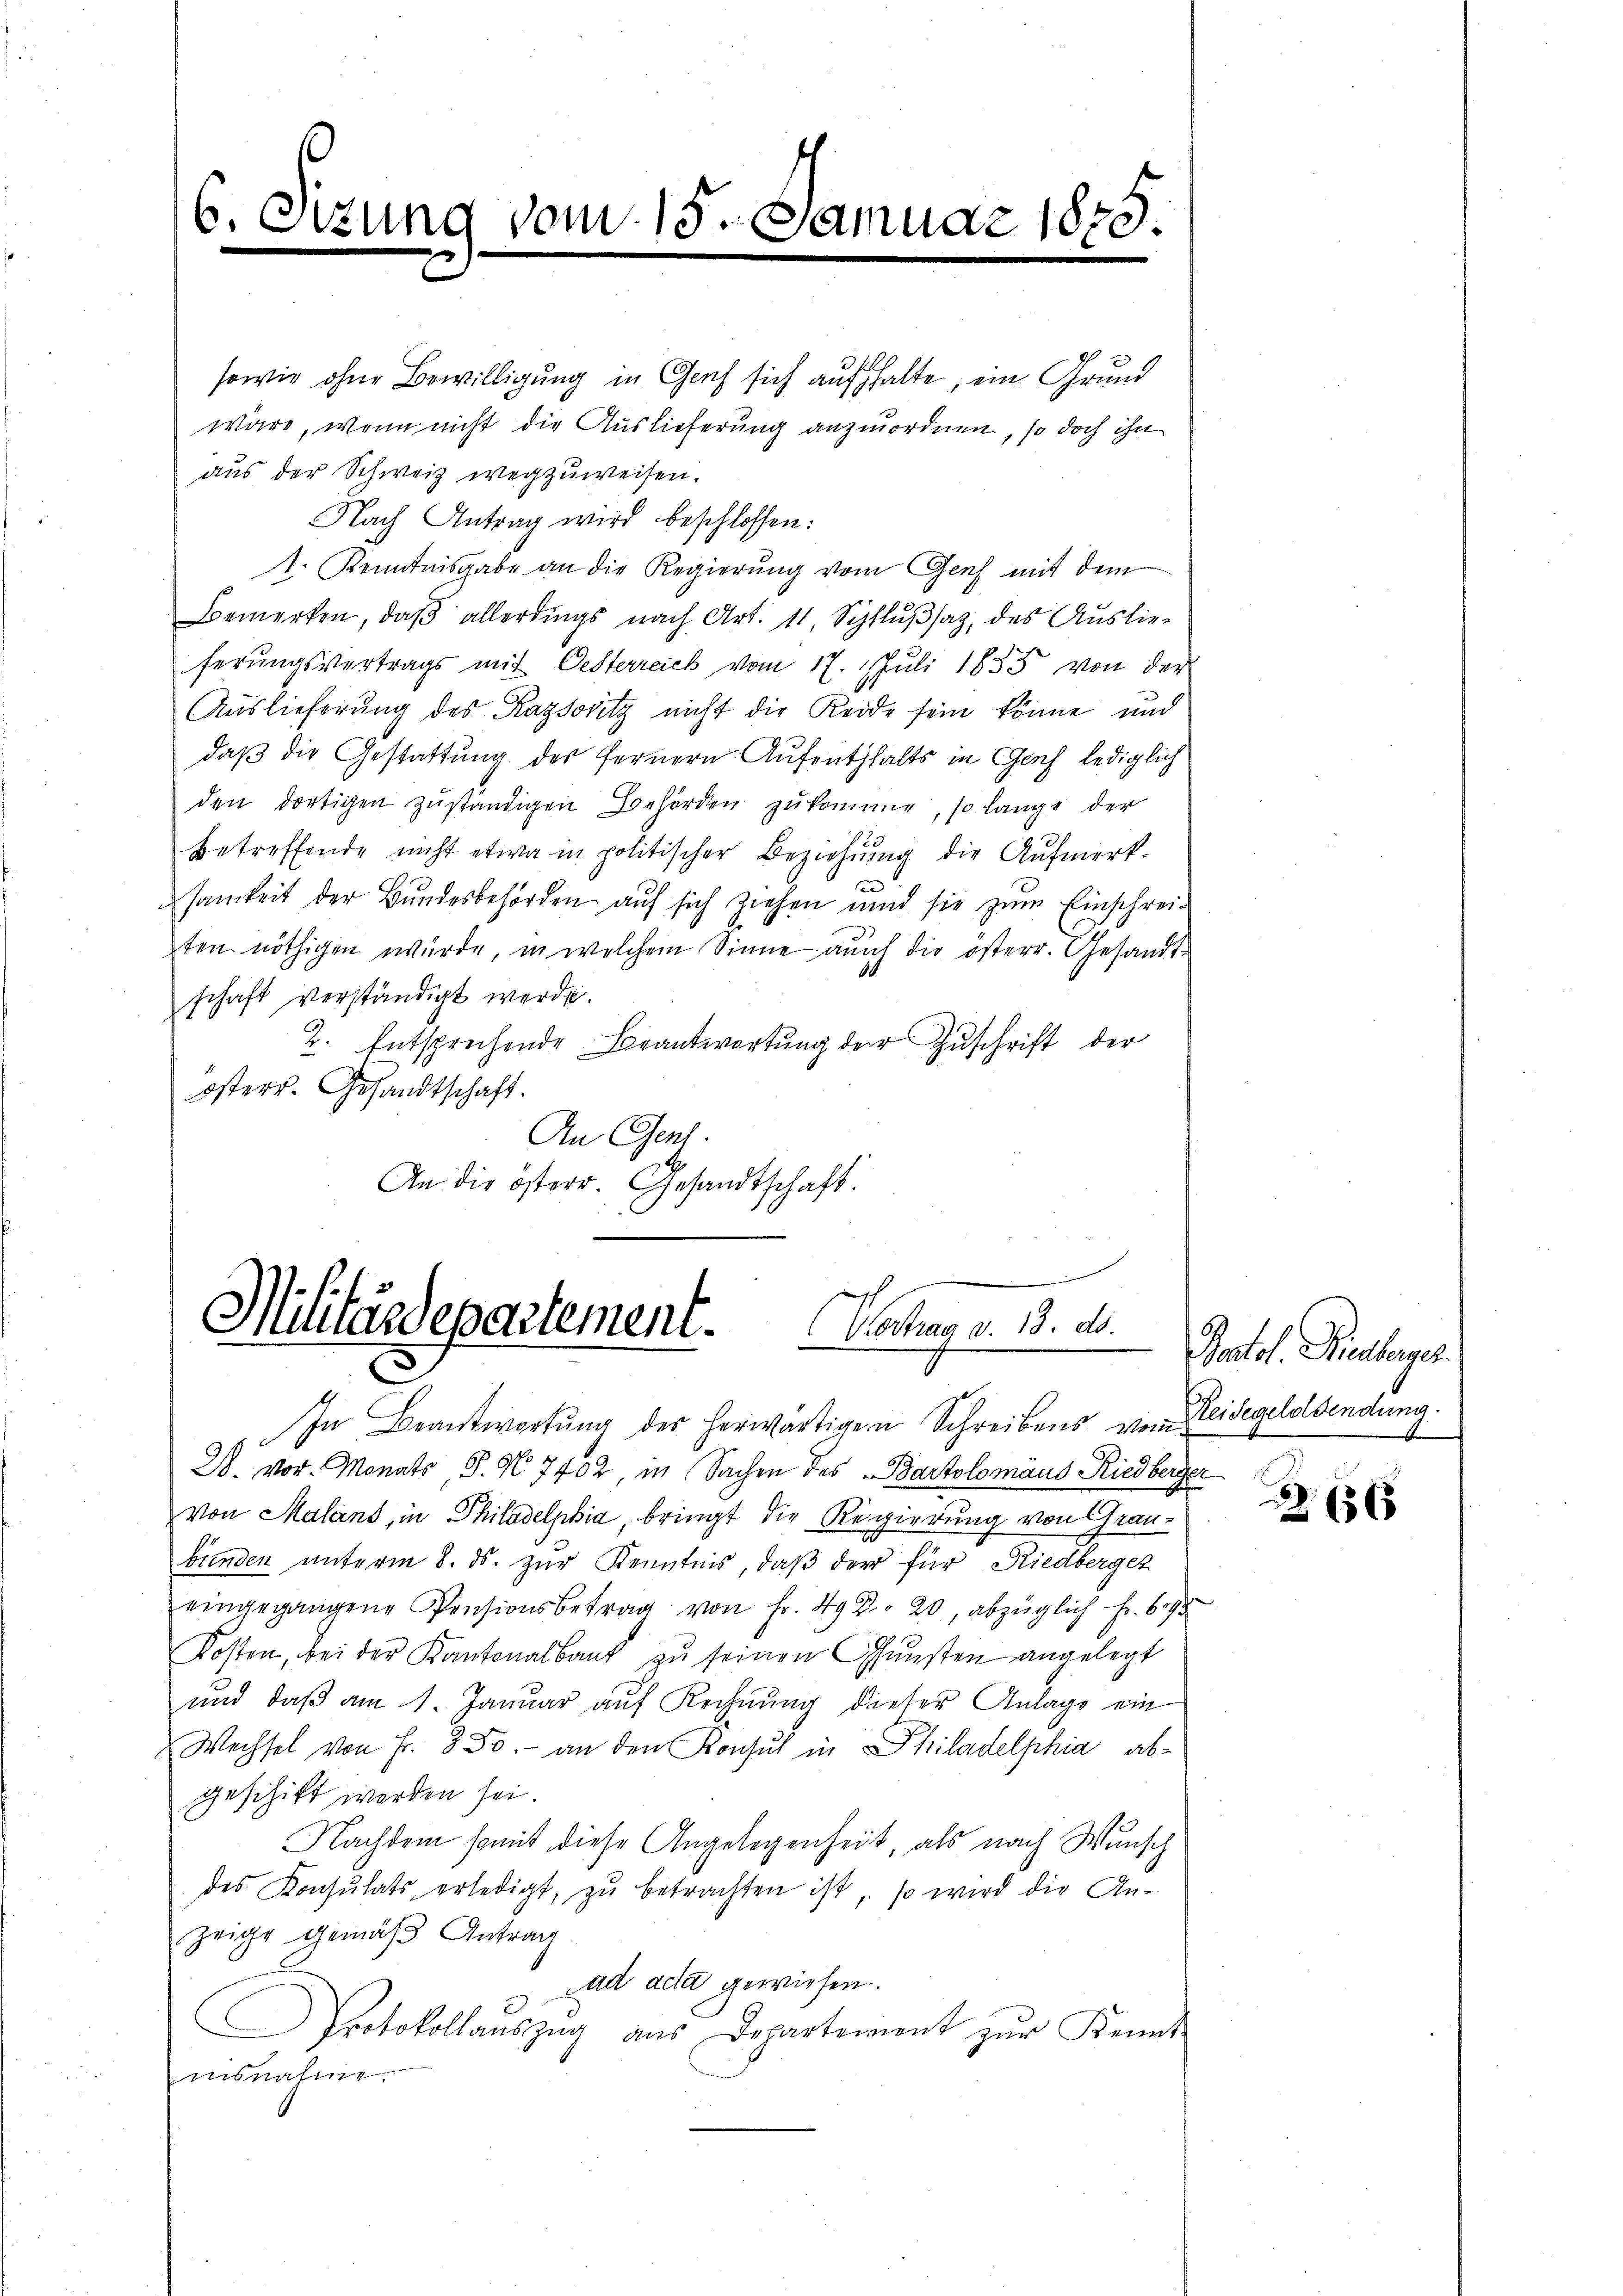
6. Sizung vom 15. Januar 1873

sowie ohne Bewilligung in Genf sich aufhalte; ein Grund
wäre, wenn nicht die Auslieferung anzuordnen, so doch ihn
aus der Schweiz wegzuweisen.
Nach Antrag wird beschlossen:
1. Kenntnisgabe an die Regierung vom Genf mit dem
Bemerken, daβ allerdings nach Art. 11, Schlŭβsaz, des Auslieferungsvertrags mit Oesterreich vom 17. Juli 1855 von der
Auslieferung des Kaysovitz nicht die Reide sein könne und
daß die Gestattung des fernern Aufenthalts in Genf, lediglich
den dortigen zuständigen Behörden zukomme, so lange der
betreffende nicht etwa in politischer Beziehŭng die Aŭfmerk-
se
samkeit der Bundesbehörden auf sich ziehen und sie zum Einschreiten nöthigen würde, in welchem Sinne auch die österr. Gesandtschaft verständigt werde.
2. Entsprechende Beantwortung der Zuschrift der
österr. Gesandtschaft.
An Genf.
An die österr. Gesandtschaft.

Militärdepartement. Wochen v. 9. d.
.

In Beantwortung des herwärtigen Schreibens vom
D. vor. Monats S. N. 7702, in Sachen des Bartolomäus Riedberger
von Malans, in Philadelphia, bringt die Regierung von Graubünden ŭnterm 8. ds. zŭr Kenntnis, daβ der für Riedbergez
eingegangene Pensionsbetrag von Fr. 492. 20, abzüglich Fr. 695
Kosten, bei der Kantonalbank zu seinen Gunsten angelegt
und daß am 1. Januar auf Rechnung dieser Anlage ein
Wechsel von Fr. 350.- an den Konsul in Philadelphia, abgeschikt worden sei.
Nachdem somit diese Angelegenheit, als nach Wunsch
des Konsŭlats erledigt, zŭ betrachten ist, so wird die An-
zeige gemäß Antrag
Lad acta gewiesen.
Protokollauszug aus Departement zŭr Kennt
ausnahme

Ratol. Riesberger
Heidegeldsendung.

256